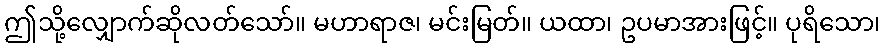
ဤသို့လျှောက်ဆိုလတ်သော်။ မဟာရာဇ၊ မင်းမြတ်။ ယထာ၊ ဥပမာအားဖြင့်။ ပုရိသော၊